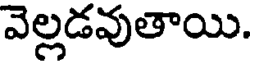
వెల్లడవుతాయి.